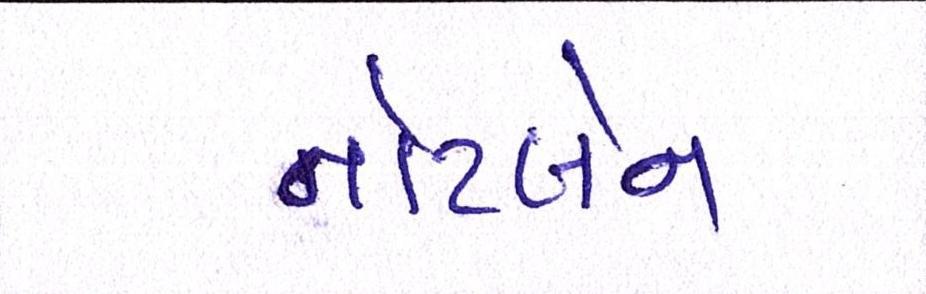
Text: નોટબેન